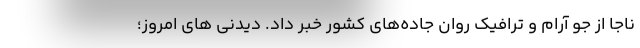
ناجا از جو آرام و ترافیک روان جاده‌های کشور خبر داد. دیدنی های امروز؛